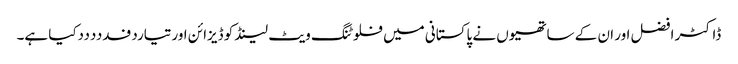
ڈاکٹر افضل اور ان کے ساتھیوں نے پاکستانی میں فلوٹنگ ویٹ لینڈ کو ڈیزائن اورتیاردفدددددکیا ہے۔